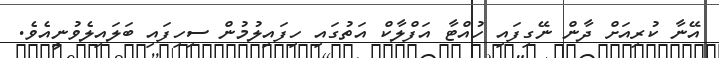
އޭނާ ކުރިއަށް ދާން ނޭގިފައި ހުއްޓާ އަފްލާކް އަތުގައި ހިފައިލުމުން ސިހިފައި ބަލައިލެވުނީއެވެ.